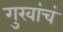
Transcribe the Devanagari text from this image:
गुरवांचं